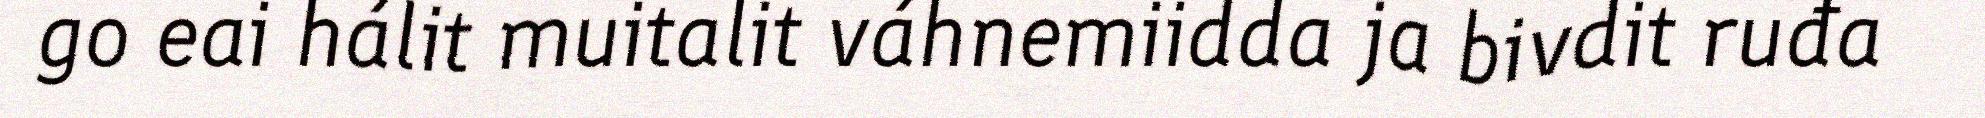
go eai hálit muitalit váhnemiidda ja bivdit ruđa